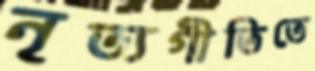
নৃত্যগীতিতে